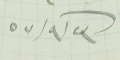
٢٣/٩/٥٧